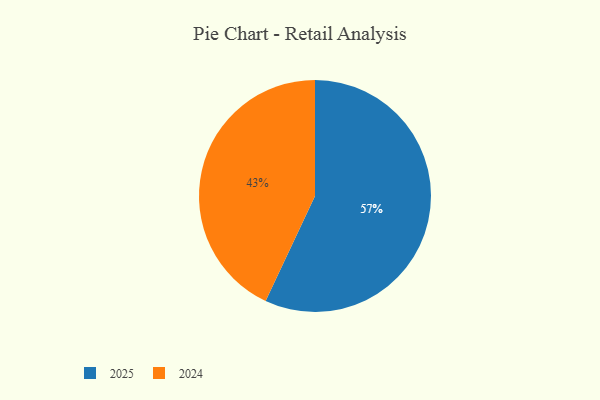
{"axis": {"x": "Category", "y": "Percentage"}, "legend": ["2024", "2025"], "data": [{"x": "2024", "y": 43, "type": "2024"}, {"x": "2025", "y": 57, "type": "2025"}]}